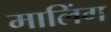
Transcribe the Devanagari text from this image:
मालिंग